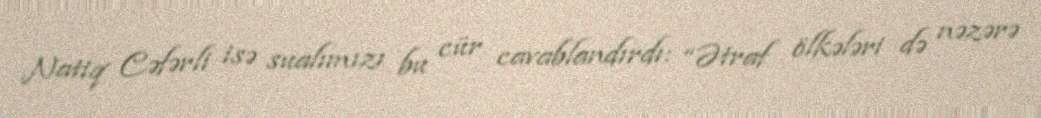
Natiq Cəfərli isə sualımızı bu cür cavablandırdı: “Ətraf ölkələri də nəzərə